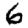
Digit: 6